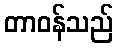
တာဝန်သည်